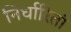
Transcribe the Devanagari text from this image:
निर्धारितां